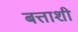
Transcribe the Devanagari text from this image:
बत्ताशी